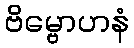
ဗိမ္ဗောဟနံ